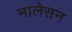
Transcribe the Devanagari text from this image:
मालेसन